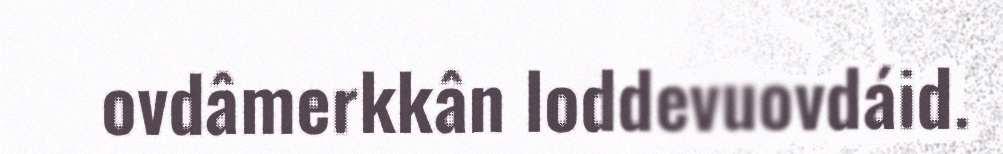
ovdâmerkkân loddevuovdáid.